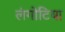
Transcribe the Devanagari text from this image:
लंगोटिया